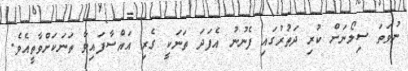
ނުވަތަ ސިލޯނަށް ކުރި ދަތުރުގައި ފެނުނު އެފަދަ ތަނަކީ ގެރި އައްސާފައިވާ ތަނަކަށްވާތީއެވެ.